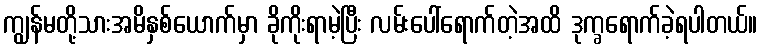
ကျွန်မတို့သားအမိနှစ်ယောက်မှာ ခိုကိုးရာမဲ့ပြီး လမ်းပေါ်ရောက်တဲ့အထိ ဒုက္ခရောက်ခဲ့ရပါတယ်။